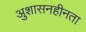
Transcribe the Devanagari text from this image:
अुशासनहीनता